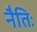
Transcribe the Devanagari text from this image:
नैतिः